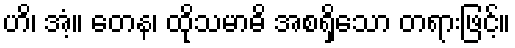
ဟိ၊ အံ့။ တေန၊ ထိုသမာဓိ အစရှိသော တရားဖြင့်။